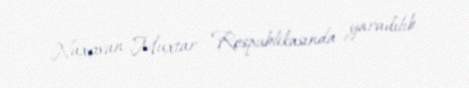
Naxçıvan Muxtar Respublikasında yaradılıb.